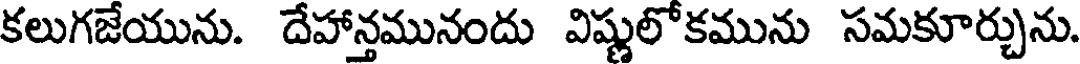
కలుగజేయును. దేహాన్తమునందు విష్ణులోకమును సమకూర్చును.